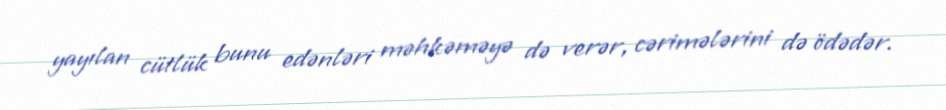
yayılan cütlük bunu edənləri məhkəməyə də verər, cərimələrini də ödədər.